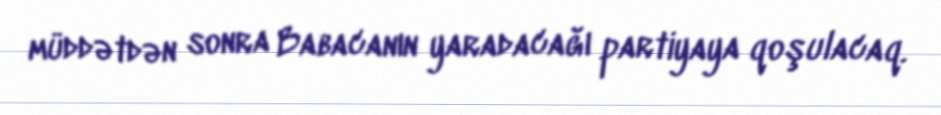
müddətdən sonra Babacanın yaradacağı partiyaya qoşulacaq.